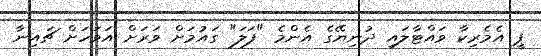
ޕީ އެމެރިކާ ވައްޓާލައި ދުނިޔޭގެ އެންމެ "ފަލަ" ގައުމަށް ވަރަށް އަވަހަށް ޗައިނާ